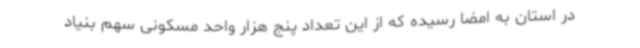
در استان به امضا رسیده که از این تعداد پنج هزار واحد مسکونی سهم بنیاد